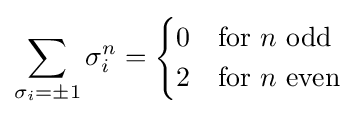
\sum _{\sigma _{i}=\pm 1}\sigma _{i}^{n}={\begin{cases}0&{\mbox{for }}n{\mbox{ odd}}\\2&{\mbox{for }}n{\mbox{ even}}\end{cases}}